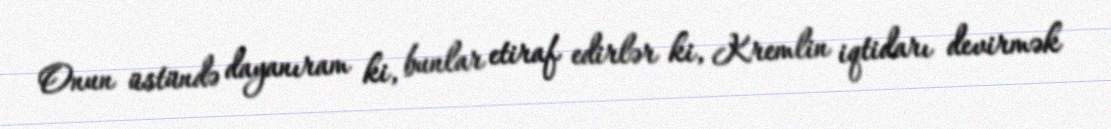
Onun üstündə dayanıram ki, bunlar etiraf edirlər ki, Kremlin iqtidarı devirmək